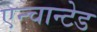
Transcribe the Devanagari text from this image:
एन्चान्टेड